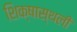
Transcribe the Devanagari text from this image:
शिक्षास्थली